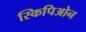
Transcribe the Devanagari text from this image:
स्किपिओन